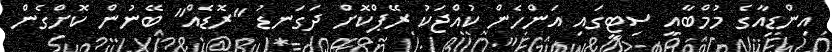
އިންޑިއާގެ މުމްބާއީ ސިޓީގައި އަންހެން ކުއްޖަކު ރޭޕްކޮށް ދަގަނޑު "ރޮޑެއް" ބޭނުން ކޮށްގެން